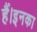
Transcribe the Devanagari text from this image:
हैं।इनका